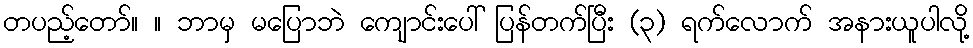
တပည့်တော်။ ။ ဘာမှ မပြောဘဲ ကျောင်းပေါ် ပြန်တက်ပြီး (၃) ရက်လောက် အနားယူပါလို့